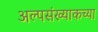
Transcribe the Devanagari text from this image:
अल्पसंख्याकच्या